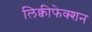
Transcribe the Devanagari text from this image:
लिक्वीफेक्शन